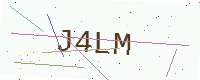
Text: J4LM